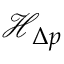
\mathcal { H } _ { \Delta p }